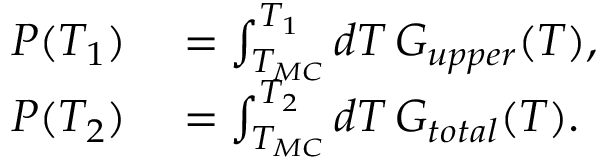
\begin{array} { r l } { P ( T _ { 1 } ) } & { { } = \int _ { T _ { M C } } ^ { T _ { 1 } } \mathop { d T } G _ { u p p e r } ( T ) , } \\ { P ( T _ { 2 } ) } & { { } = \int _ { T _ { M C } } ^ { T _ { 2 } } \mathop { d T } G _ { t o t a l } ( T ) . } \end{array}